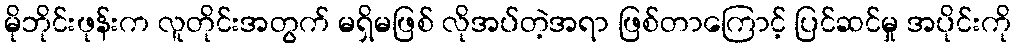
မိုဘိုင်းဖုန်းက လူတိုင်းအတွက် မရှိမဖြစ် လိုအပ်တဲ့အရာ ဖြစ်တာကြောင့် ပြင်ဆင်မှု အပိုင်းကို